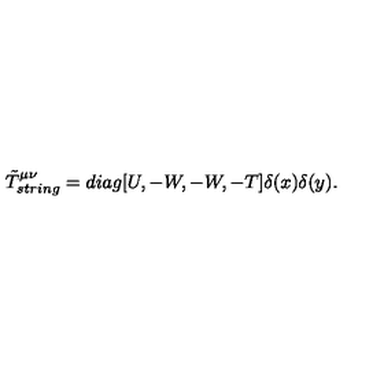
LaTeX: \tilde { T } _ { s t r i n g } ^ { \mu \nu } = d i a g [ U , - W , - W , - T ] \delta ( x ) \delta ( y ) .